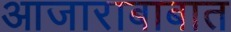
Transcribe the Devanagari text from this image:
आजाराबाबात